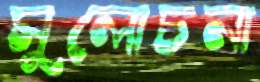
সুলোচনা